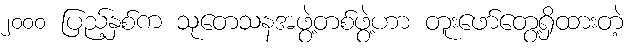
၂၀၀၀ ပြည့်နှစ်က သုတေသနအဖွဲ့တစ်ဖွဲ့ဟာ တူးဖော်တွေ့ရှိထားတဲ့